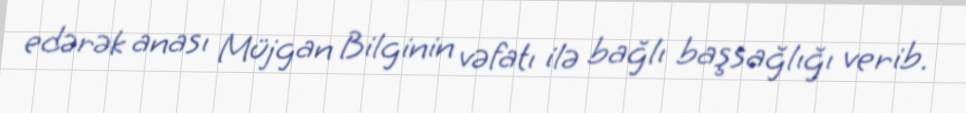
edərək anası Müjgan Bilginin vəfatı ilə bağlı başsağlığı verib.